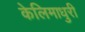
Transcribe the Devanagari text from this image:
केलिमाधुरी